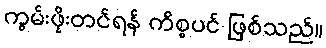
ကွမ်းဖိုးတင်ရန် ကိစ္စပင် ဖြစ်သည်။